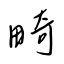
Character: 畸